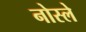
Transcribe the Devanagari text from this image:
नोस्ले